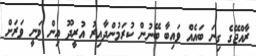
ރާއްޖޭގެ ގިނަ ބައެއް ވައިބާ ބޭނުން ކުރަމުންދާއިރު އުރީދޫ އިން ވަނީ ވަރަށް